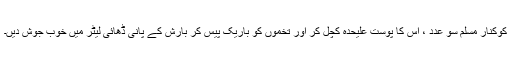
کوکنار مسلم سو عدد ، اِس کا پوست علیحدہ کچل کر اور تخموں کو باریک پیس کر بارِش کے پانی ڈھائی لیٹر میں خوب جوش دیں۔